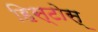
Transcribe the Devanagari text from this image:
हिस्टोस्‌